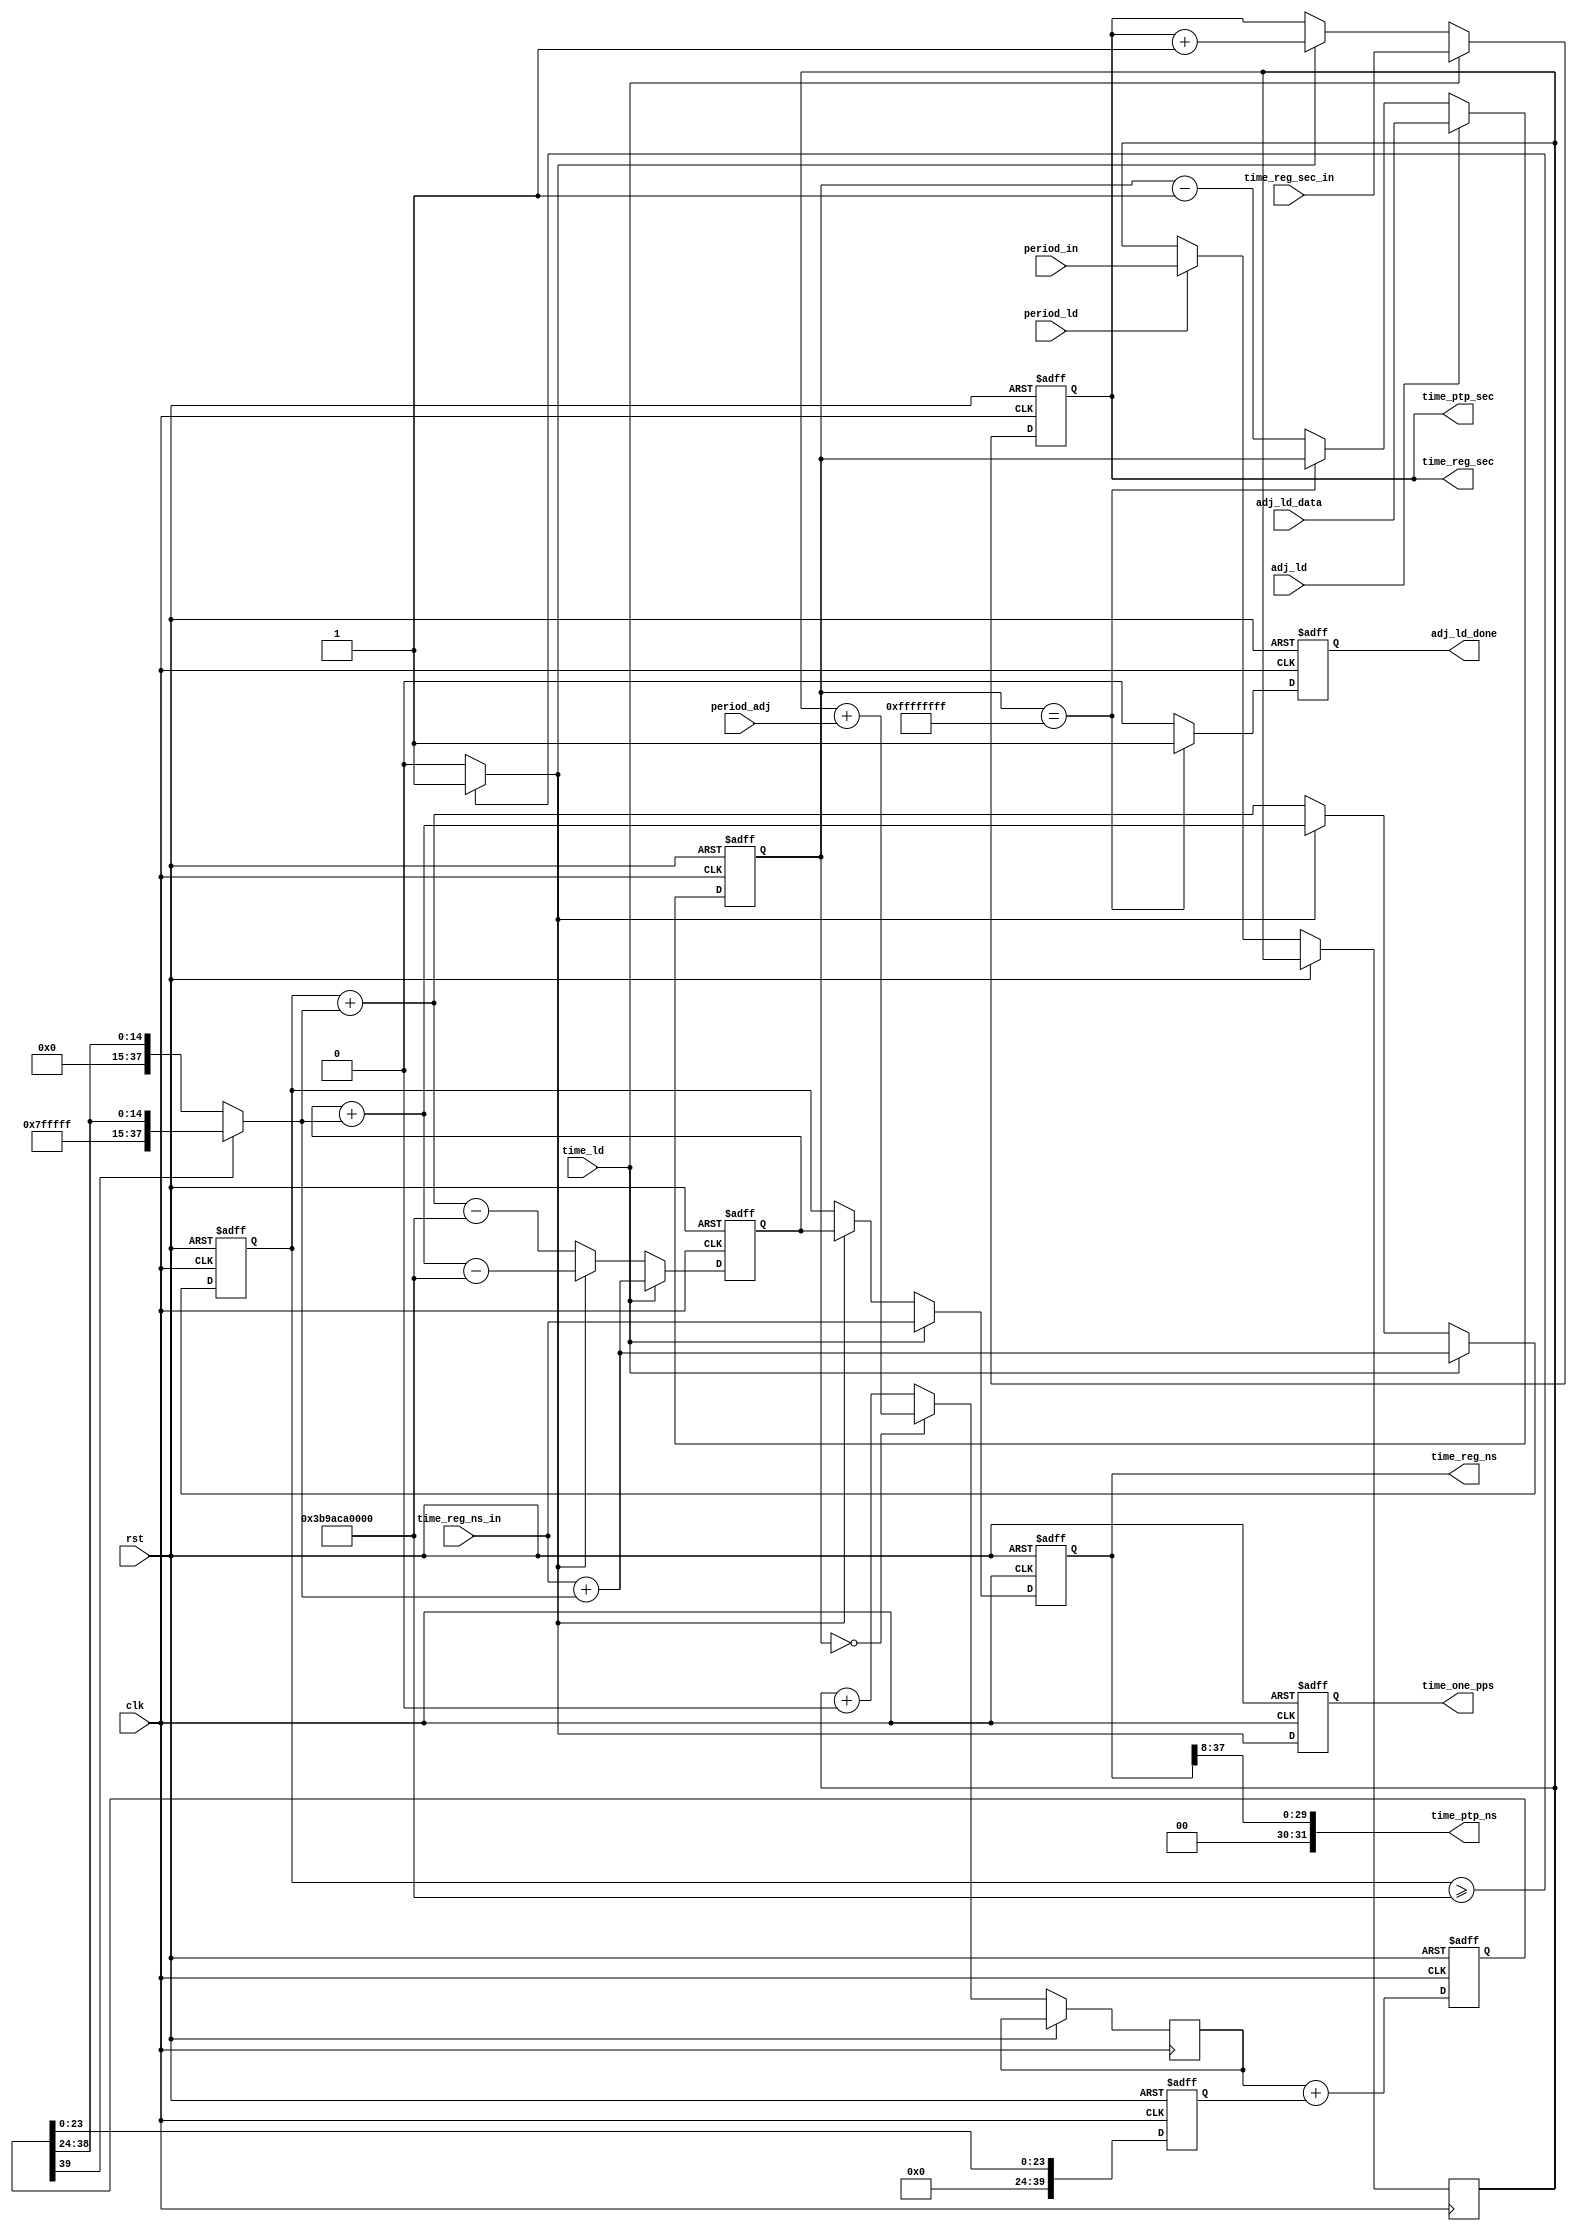
/*
 * rtc.v
 * 
 * Copyright (c) 2012, BABY&HW. All rights reserved.
 *
 * This library is free software; you can redistribute it and/or
 * modify it under the terms of the GNU Lesser General Public
 * License as published by the Free Software Foundation; either
 * version 2.1 of the License, or (at your option) any later version.
 *
 * This library is distributed in the hope that it will be useful,
 * but WITHOUT ANY WARRANTY; without even the implied warranty of
 * MERCHANTABILITY or FITNESS FOR A PARTICULAR PURPOSE.  See the GNU
 * Lesser General Public License for more details.
 *
 * You should have received a copy of the GNU Lesser General Public
 * License along with this library; if not, write to the Free Software
 * Foundation, Inc., 51 Franklin Street, Fifth Floor, Boston,
 * MA 02110-1301  USA
 */

`timescale 1ns/1ns

module rtc (
  input rst, clk,
  // 1. direct time adjustment: ToD set up
  input        time_ld,
  input [37:0] time_reg_ns_in,   // 37:8 ns, 7:0 ns_fraction
  input [47:0] time_reg_sec_in,  // 47:0 sec
  // 2. frequency adjustment: frequency set up for drift compensation
  input        period_ld,
  input [39:0] period_in,        // 39:32 ns, 31:0 ns_fraction
  // 3. precise time adjustment: small time difference adjustment with a time mark
  input        adj_ld,
  input [31:0] adj_ld_data,
  output reg   adj_ld_done,
  input [39:0] period_adj,  // 39:32 ns, 31:0 ns_fraction

  // time output: for internal with ns fraction
  output [37:0] time_reg_ns,  // 37:8 ns, 7:0 ns_fraction
  output [47:0] time_reg_sec, // 47:0 sec
  // time output: for external with one pps accuracy 
  output reg    time_one_pps,
  // time output: for external with ptp standard
  output [31:0] time_ptp_ns,  // 31:0 ns
  output [47:0] time_ptp_sec  // 47:0 sec
);

parameter time_acc_modulo = 38'd256000000000;  // 1,000,000,000ns * 256ns_fraction, 1s carry_out

reg  [39:0] period_fix;  // 39:32 ns, 31:0 ns_fraction
reg  [31:0] adj_cnt;
reg  [39:0] time_adj;    // 39:32 ns, 31:0 ns_fraction
// frequency and small time difference adjustment registers
always @(posedge rst or posedge clk) begin
  if (rst) begin
    period_fix  <= period_fix;  //40'd0;
    adj_cnt     <= 32'hffffffff;
    time_adj    <= time_adj;    //40'd0;
    adj_ld_done <= 1'b0;
  end
  else begin
    if (period_ld)  // load period adjustment
      period_fix <= period_in;
    else
      period_fix <= period_fix;

    if (adj_ld)  // load precise time adjustment time mark
      adj_cnt  <= adj_ld_data;
    else if (adj_cnt==32'hffffffff)
      adj_cnt  <= adj_cnt;  // no cycling
    else
      adj_cnt  <= adj_cnt - 1;  // counting down

    if (adj_cnt==0)  // change period temparorily
      time_adj <= period_fix + period_adj;
    else
      time_adj <= period_fix + 0;

    if (adj_cnt==32'hffffffff)
      adj_ld_done <= 1'b1;
    else
      adj_ld_done <= 1'b0;
  end
end

reg  [39:0] time_adj_08n_32f;      //             39:32 ns, 31:0 ns_fraction
reg  [39:0] time_adj_16b_00n_24f;  // 39:24 sign,           23:0 ns_fraction
wire [37:0] time_adj_22b_08n_08f;  // 37:16 sign, 15: 8 ns,  7:0 ns_fraction
// delta-sigma circuit to keep the lower 24bit of time_adj
always @(posedge rst or posedge clk) begin
  if (rst) begin
    time_adj_08n_32f     <= 40'd0;
    time_adj_16b_00n_24f <= 24'd0;
  end
  else begin
    time_adj_08n_32f     <= time_adj[39: 0] + time_adj_16b_00n_24f;  // add the delta
    time_adj_16b_00n_24f <= {16'h0000, time_adj_08n_32f[23: 0]}; // save the delta
  end
end
assign time_adj_22b_08n_08f = time_adj_08n_32f[39]? {22'h3fffff, time_adj_08n_32f[39:24]}: {22'h000000, time_adj_08n_32f[39:24]};  // preserve the sign

reg  [37:0] time_acc_30n_08f_pre_pos;  // 37:8 ns , 7:0 ns_fraction
reg  [37:0] time_acc_30n_08f_pre_neg;  // 37:8 ns , 7:0 ns_fraction
wire        time_acc_48s_inc = (time_acc_30n_08f_pre_pos >= time_acc_modulo)? 1'b1: 1'b0;
// time accumulator pre adder (48bit_s + 30bit_ns + 8bit_ns_fraction)
always @(posedge rst or posedge clk) begin
  if (rst) begin
    time_acc_30n_08f_pre_pos <= 38'd0;
    time_acc_30n_08f_pre_neg <= 38'd0;
  end
  else begin
    if (time_ld) begin  // direct write
      time_acc_30n_08f_pre_pos <= time_reg_ns_in + time_adj_22b_08n_08f;
      time_acc_30n_08f_pre_neg <= time_reg_ns_in + time_adj_22b_08n_08f;
    end
    else begin
      if (time_acc_48s_inc) begin
        time_acc_30n_08f_pre_pos <= time_acc_30n_08f_pre_neg + time_adj_22b_08n_08f;
        time_acc_30n_08f_pre_neg <= time_acc_30n_08f_pre_neg + time_adj_22b_08n_08f - time_acc_modulo;
      end
      else begin
        time_acc_30n_08f_pre_pos <= time_acc_30n_08f_pre_pos + time_adj_22b_08n_08f;
        time_acc_30n_08f_pre_neg <= time_acc_30n_08f_pre_pos + time_adj_22b_08n_08f - time_acc_modulo;
      end
    end
  end
end

reg  [37:0] time_acc_30n_08f;          // 37:8 ns , 7:0 ns_fraction
reg  [47:0] time_acc_48s;              // 47:0 sec
// time accumulator (48bit_s + 30bit_ns + 8bit_ns_fraction)
always @(posedge rst or posedge clk) begin
  if (rst) begin
    time_acc_30n_08f <= 38'd0;
    time_acc_48s     <= 48'd0;
  end
  else begin
    if (time_ld) begin  // direct write
      time_acc_30n_08f <= time_reg_ns_in;
      time_acc_48s     <= time_reg_sec_in;
    end
    else begin

      if (time_acc_48s_inc)
        time_acc_30n_08f <= time_acc_30n_08f_pre_neg;
      else
        time_acc_30n_08f <= time_acc_30n_08f_pre_pos;

      if (time_acc_48s_inc)
        time_acc_48s     <= time_acc_48s + 1;
      else
        time_acc_48s     <= time_acc_48s;

    end
  end
end

// time output (48bit_s + 30bit_ns + 8bit_ns_fraction)
assign time_reg_ns  = time_acc_30n_08f;
assign time_reg_sec = time_acc_48s;
// time output (48bit_s + 32bit_ns)
assign time_ptp_ns  = {2'b00, time_acc_30n_08f[37:8]};  // 30bit is enough to represent 1,000,000,000ns
assign time_ptp_sec = time_acc_48s;
// time output one pps
always @(posedge rst or posedge clk) begin
  if (rst)
    time_one_pps <= 1'b0;
  else
    time_one_pps <= time_acc_48s_inc;
end

endmodule